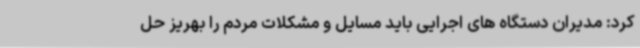
کرد: مدیران دستگاه های اجرایی باید مسایل و مشکلات مردم را بهریز حل